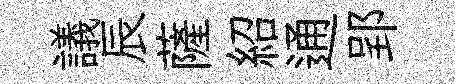
議辰薩紹通郢